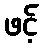
ဖင့်